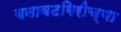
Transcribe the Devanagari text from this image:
बनावटगिरीच्या